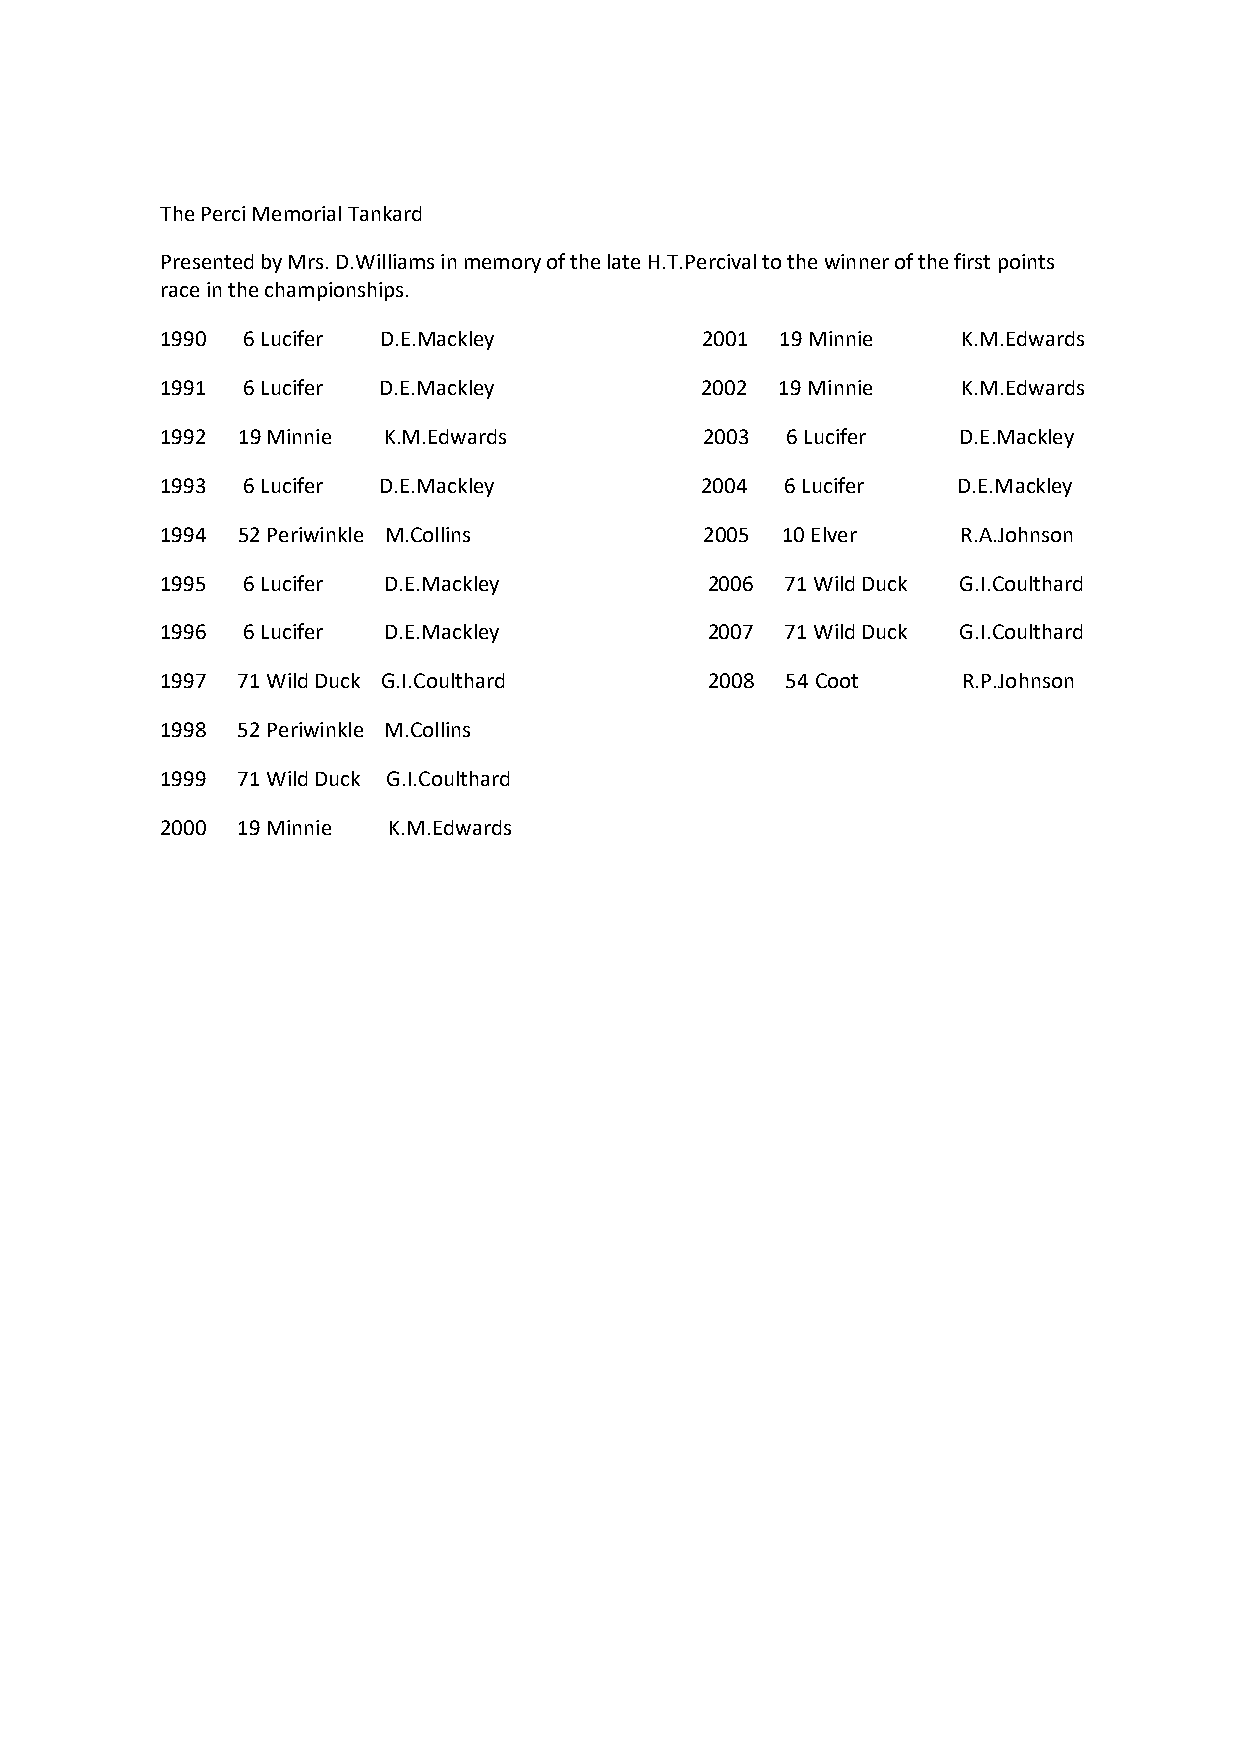
The Perci Memorial Tankard
 Presented by Mrs. D.Williams in memory of the late H.T.Percival to the winner of the first points
 race in the championships.
 1990 6 Lucifer D.E.Mackley         2001  19 Minnie   K.M.Edwards
 1991 6 Lucifer D.E.Mackley         2002  19 Minnie   K.M.Edwards
 1992 19 Minnie K.M.Edwards          2003 6 Lucifer  D.E.Mackley
 1993 6 Lucifer D.E.Mackley         2004  6 Lucifer  D.E.Mackley
 1994 52 Periwinkle M.Collins        2005 10 Elver    R.A.Johnson
 1995 6 Lucifer D.E.Mackley          2006 71 Wild Duck G.I.Coulthard
 1996 6 Lucifer D.E.Mackley          2007 71 Wild Duck G.I.Coulthard
 1997 71 Wild Duck G.I.Coulthard     2008 54 Coot     R.P.Johnson
 1998 52 Periwinkle M.Collins
 1999 71 Wild Duck G.I.Coulthard
 2000 19 Minnie K.M.Edwards